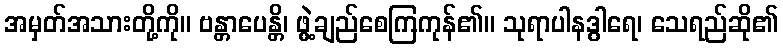
အမှတ်အသားတို့ကို။ ဗန္တာပေန္တိ၊ ဖွဲ့ချည်စေကြကုန်၏။ သုရာပါနဒွါရေ၊ သေရည်ဆို၏